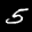
Digit: 5